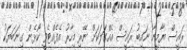
ރައީސް ޔާމީނާ ނައިބު ރައީސް އެއްގަލަކަށް ނޭރި މިހާރު އެފެއްޓެވީ ކޯޅެން ގިނަބަޔަކު